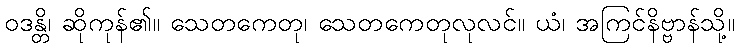
ဝဒန္တိ၊ ဆိုကုန်၏။ သေတကေတု၊ သေတကေတုလုလင်။ ယံ၊ အကြင်နိဗ္ဗာန်သို့။